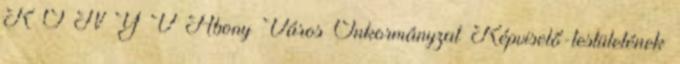
K Ö N Y V Abony Város Önkormányzat Képviselő-testületének